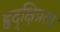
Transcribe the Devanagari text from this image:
हृद्‌क्षिप्रता